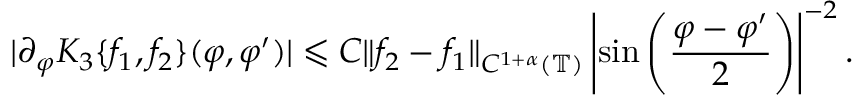
| \partial _ { \varphi } K _ { 3 } \{ f _ { 1 } , f _ { 2 } \} ( \varphi , \varphi ^ { \prime } ) | \leqslant C \| f _ { 2 } - f _ { 1 } \| _ { C ^ { 1 + \alpha } ( \mathbb { T } ) } \left| \sin \left( \frac { \varphi - \varphi ^ { \prime } } { 2 } \right) \right| ^ { - 2 } .